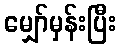
မျှော်မှန်းပြီး